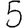
Digit: 5